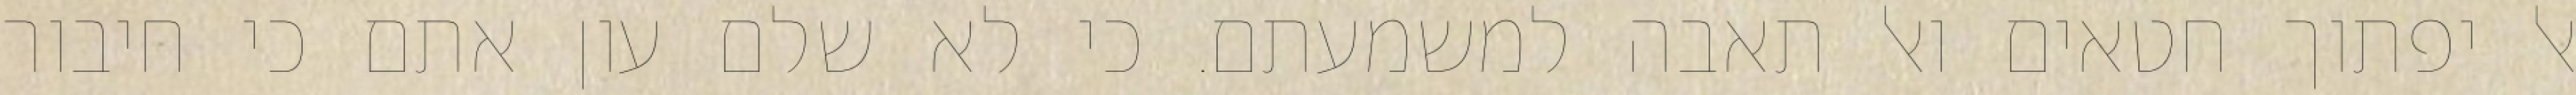
אל יפתוך חטאים ואל תאבה למשמעתם. כי לא שלם עון אתם כי חיבור